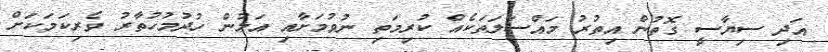
އަދި ސިޔާސީ ގޮތުން އިތުރު މައްސަލަތަކެއް ކުރިމަތި ނުވުމަށާއި އަލުން ހުދުމުހުތާރު ވެރިކަމަކަށް